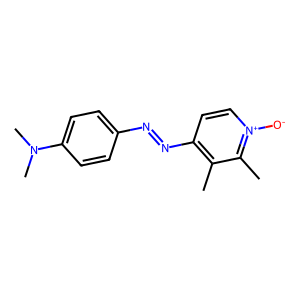
SMILES: Cc1c(N=Nc2ccc(N(C)C)cc2)cc[n+]([O-])c1C
Inhibits HIV replication: No